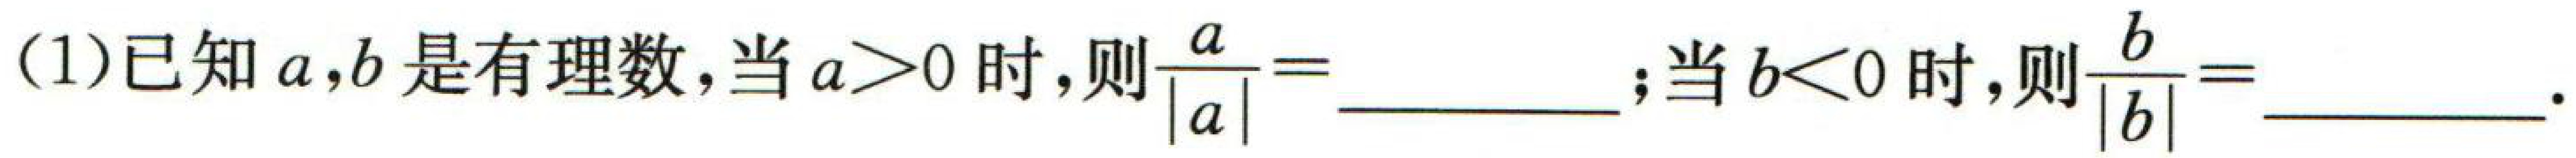
(1)已知\(a,b\)是有理数，当\(a > 0\)时，则\(\frac{a}{|a|}=\underline{\quad\quad}\)；当\(b < 0\)时，则\(\frac{b}{|b|}=\underline{\quad\quad}\).